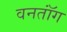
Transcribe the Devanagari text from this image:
वनतॉंग